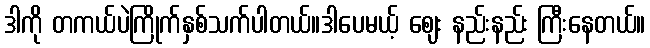
ဒါကို တကယ်ပဲကြိုက်နှစ်သက်ပါတယ်။ဒါပေမယ့် ဈေး နည်းနည်း ကြီးနေတယ်။